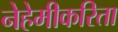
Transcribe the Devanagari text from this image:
नेहेमीकरिता